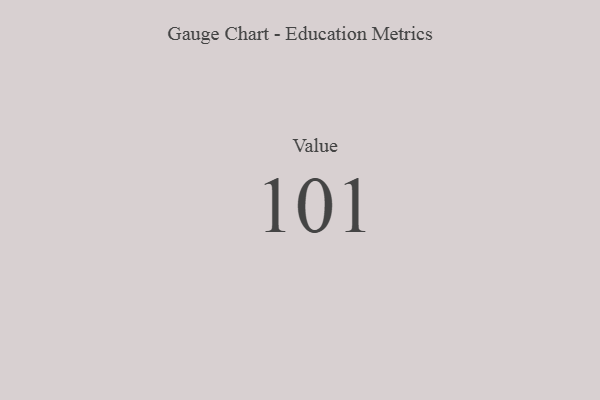
{"axis": {"x": "Metric", "y": "Value"}, "legend": [""], "data": [{"x": "Value", "y": 101, "type": ""}]}